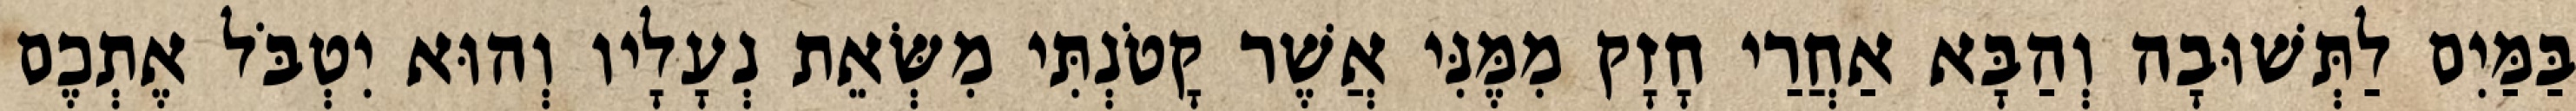
בַּמַּיִם לַתְּשׁוּבָה וְהַבָּא אַחֲרַי חָזָק מִמֶּנִּי אֲשֶׁר קָטֹנְתִּי מִשְּׂאֵת נְעָלָיו וְהוּא יִטְבֹּל אֶתְכֶם